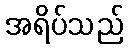
အရိပ်သည်